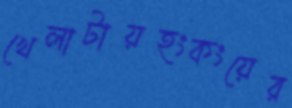
খেলাটায়হংকংয়ের